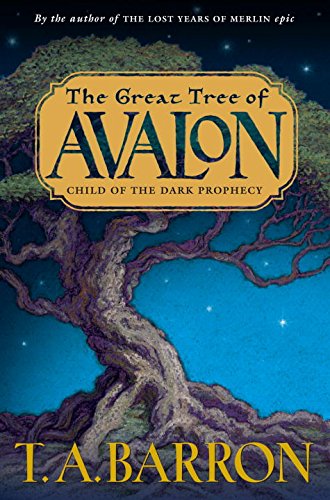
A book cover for Child of the Dark Prophecy (The Great Tree of Avalon, Book 1); T. A. Barron; Children's Books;